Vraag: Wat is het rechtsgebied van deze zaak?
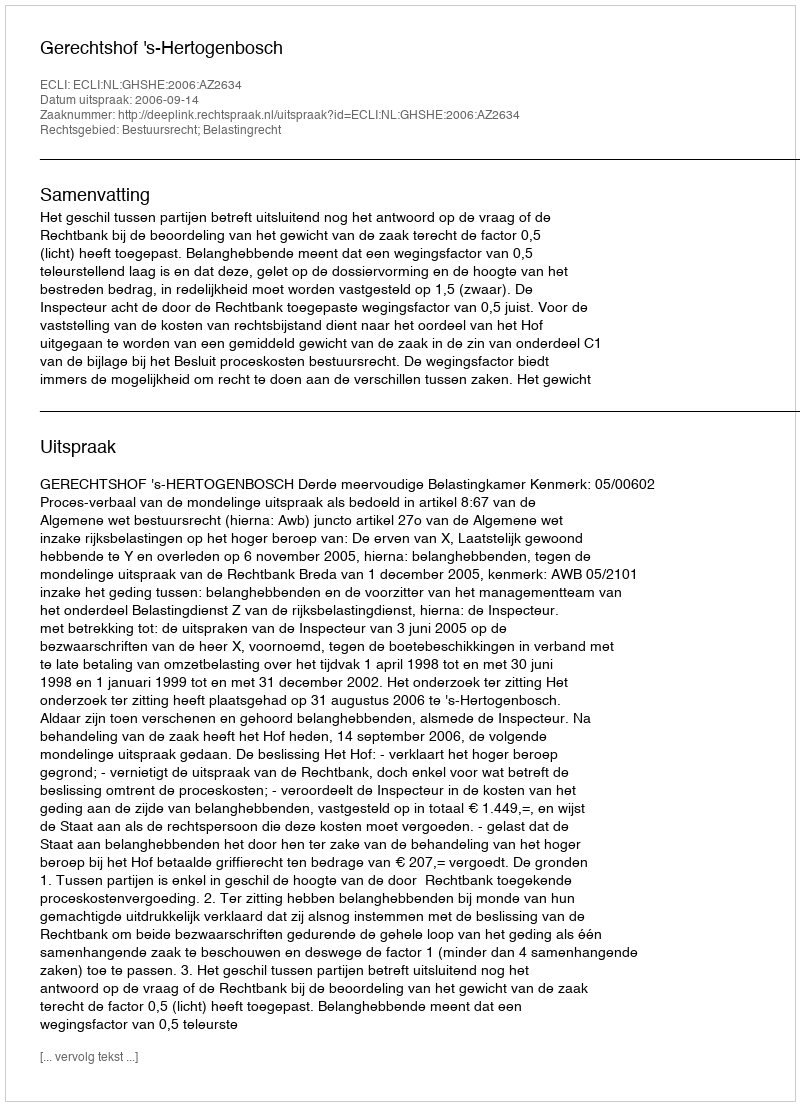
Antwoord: Bestuursrecht; Belastingrecht